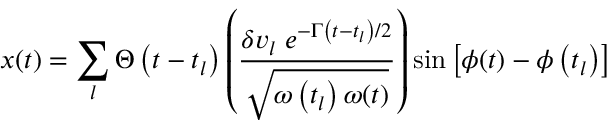
x ( t ) = \sum _ { l } \Theta \left( t - t _ { l } \right) \left( \frac { \delta v _ { l } \; e ^ { - \Gamma \left( t - t _ { l } \right) / 2 } } { \sqrt { \omega \left( t _ { l } \right) \omega ( t ) } } \right) \sin \left[ \phi ( t ) - \phi \left( t _ { l } \right) \right]